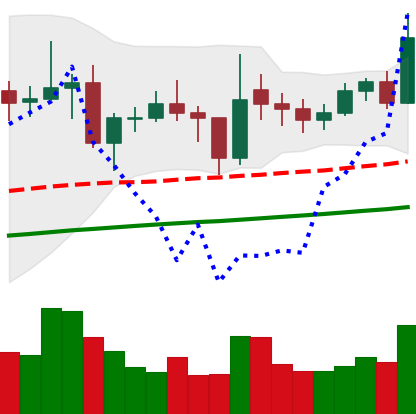
Ticker: ETC-USD
Chart end date: 2021-02-05
Forward return: 22.034%
Label: up_7plus